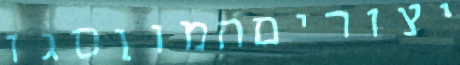
יצוריםהמוןסגו